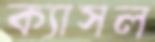
ক্যাসল